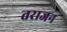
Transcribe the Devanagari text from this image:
तराजन